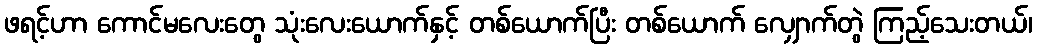
ဖရင့်ဟာ ကောင်မလေးတွေ သုံးလေးယောက်နှင့် တစ်ယောက်ပြီး တစ်ယောက် လျှောက်တွဲ ကြည့်သေးတယ်၊